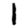
Digit: 1